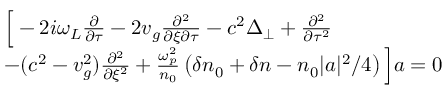
\begin{array} { r l } & { \Big [ - 2 i \omega _ { L } \frac { \partial } { \partial \tau } - 2 v _ { g } \frac { \partial ^ { 2 } } { \partial \xi \partial \tau } - c ^ { 2 } \Delta _ { \perp } + \frac { \partial ^ { 2 } } { \partial \tau ^ { 2 } } } \\ & { - ( c ^ { 2 } - v _ { g } ^ { 2 } ) \frac { \partial ^ { 2 } } { \partial \xi ^ { 2 } } + \frac { \omega _ { p } ^ { 2 } } { n _ { 0 } } \left( \delta n _ { 0 } + \delta n - n _ { 0 } | a | ^ { 2 } / 4 \right) \Big ] a = 0 } \end{array}